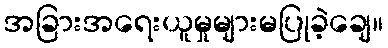
အခြားအရေးယူမှုများမပြုခဲ့ချေ။